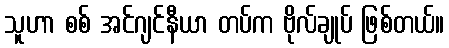
သူဟာ စစ် အင်ဂျင်နီယာ တပ်က ဗိုလ်ချုပ် ဖြစ်တယ်။